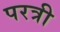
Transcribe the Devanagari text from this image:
परत्री